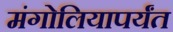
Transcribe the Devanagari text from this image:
मंगोलियापर्यंत